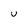
Character: v